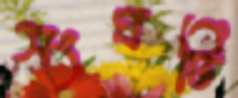
সংঘটি